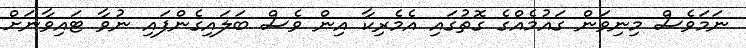
ނަމަވެސް މިނިވަން ގައުމެއްގެ ގޮތުގައި އެމެރިކާ އިން ވެސް ބަލައިގެންފައި ނުވާ ޓައިވާނަށް